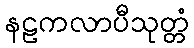
နဠကလာပီသုတ္တံ